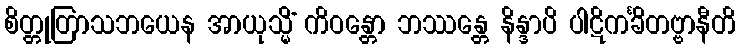
စိတ္တုတြာသဘယေန အာယုသ္မိံ ကိဝန္တော ဘဿန္တေ နိန္ဒာပိ ပါဋိကင်္ခိတဗ္ဗာနီတိ